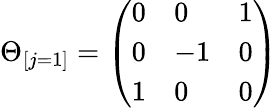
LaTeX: \Theta_{[j=1]}=\left(\begin{array}{lll}{{0}}&{{0}}&{{1}}\\ {{0}}&{{-1}}&{{0}}\\ {{1}}&{{0}}&{{0}}\end{array}\right)